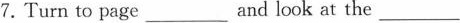
7.Turn to page ___ and look at the ___